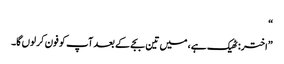
“
”اختر: ٹھیک ہے، میں تین بجے کے بعد آپ کو فون کر لوں گا۔